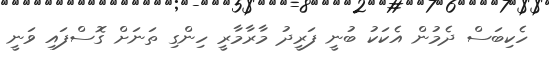
ހެކިބަސް ދެމުން އެކަކު ބުނީ ފަރީދު މާރާމާރީ ހިންގި ތަނަށް ގޮސްފައި ވަނީ